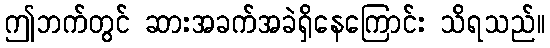
ဤဘက်တွင် ဆားအခက်အခဲရှိနေကြောင်း သိရသည်။